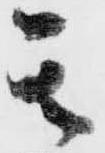
其